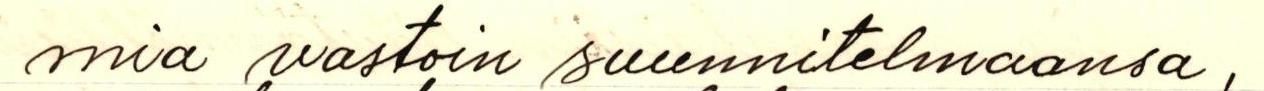
mia vastoin suunnitelmaansa,